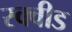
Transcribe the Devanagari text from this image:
स्क्वीड